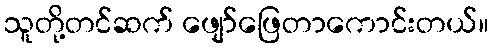
သူတို့တင်ဆက် ဖျော်ဖြေတာကောင်းတယ်။